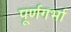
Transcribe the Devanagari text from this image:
पूर्णगर्भा